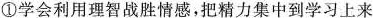
①学会利用理智战胜情感，把精力集中到学习上来